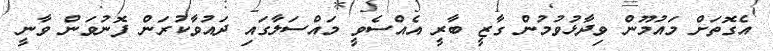
އެގޮތަށް މައުމޫން ވިދާޅުވުމުން ގާޒީ ބާރީ އެއްސެވީ މައްސަލާގައި ދައުވާކުރަން ފޮނުވަން ވާނީ